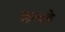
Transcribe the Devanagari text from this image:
कच्छे